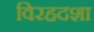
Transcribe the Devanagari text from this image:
विरहदशा